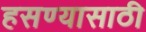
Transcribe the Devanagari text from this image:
हसण्यासाठी